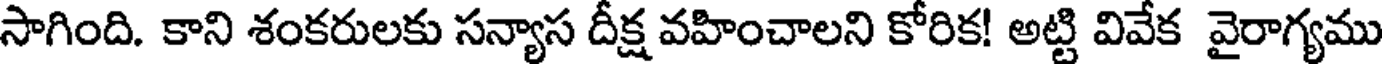
సాగింది. కాని శంకరులకు సన్యాస దీక్ష వహించాలని కోరిక! అట్టి వివేక వైరాగ్యము